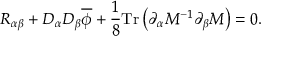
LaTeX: R _ { \alpha \beta } + D _ { \alpha } D _ { \beta } \overline { { { \phi } } } + \frac { 1 } { 8 } \mathrm { T r } \left( \partial _ { \alpha } M ^ { - 1 } \partial _ { \beta } M \right) = 0 .